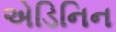
એડિનિન